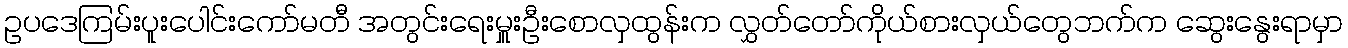
ဥပဒေကြမ်းပူးပေါင်းကော်မတီ အတွင်းရေးမှူးဦးစောလှထွန်းက လွှတ်တော်ကိုယ်စားလှယ်တွေဘက်က ဆွေးနွေးရာမှာ